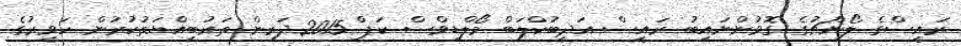
ރައީސްގެ ލޯންޗުގެ ގޮވުންނައިބު ރައީސް އަދީބުކްލަބް މޯލްޑިވްސް ކަޕް 2015ދަރިން ތަރުބިއްޔަތުކުރުން ހަވީރުގެ